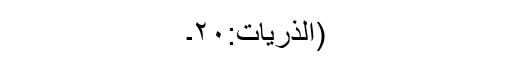
(الذٰریات:۲۰۔